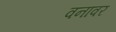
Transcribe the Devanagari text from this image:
वनावर